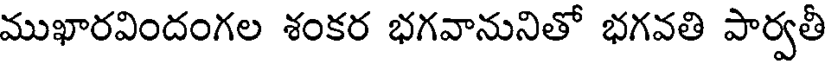
ముఖారవిందంగల శంకర భగవానునితో భగవతి పార్వతీ